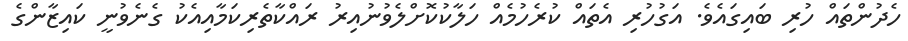
ހެދުންތައް ހުރި ބައިގައެވެ. އަގުހުރި އެތައް ކުރެހުމެއް ހަލާކުކޮށްލެވުނުއިރު ރައްކާތެރިކަމާއިއެކު ގެނެވުނީ ކައިޒާންގެ